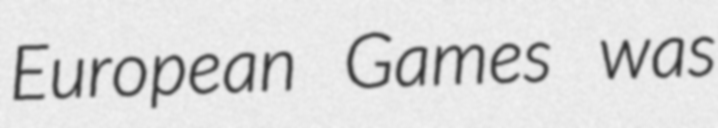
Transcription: European Games was